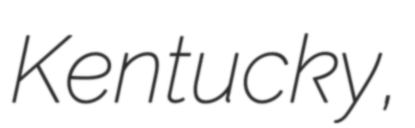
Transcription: Kentucky,